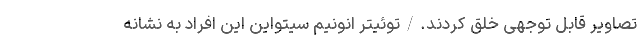
تصاویر قابل توجهی خلق کردند./توئیتر انونیم سیتواین این افراد به نشانه